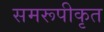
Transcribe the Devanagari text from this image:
समरूपीकृत